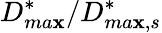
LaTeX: D_{ma\mathbf{x}}^{*}/D_{ma\mathbf{x},s}^{*}